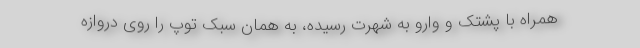
همراه با پشتک و وارو به شهرت رسیده، به همان سبک توپ را روی دروازه